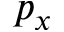
p _ { x }